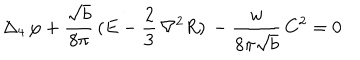
\Delta _ { 4 } \, \varphi + \frac { \sqrt { b } } { 8 \pi } \, ( E - \frac 2 3 \, { \nabla } ^ { 2 } R ) \, - \frac { w } { 8 \pi \sqrt { b } } \, C ^ { 2 } = 0